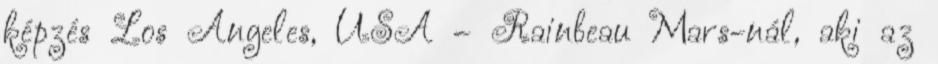
képzés Los Angeles, USA – Rainbeau Mars-nál, aki az